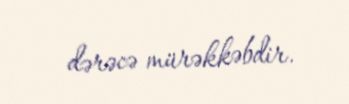
dərəcə mürəkkəbdir.